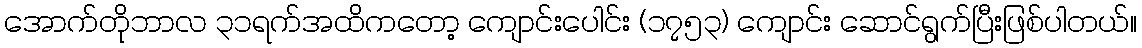
အောက်တိုဘာလ ၃၁ရက်အထိကတော့ ကျောင်းပေါင်း (၁၇၅၃) ကျောင်း ဆောင်ရွက်ပြီးဖြစ်ပါတယ်။